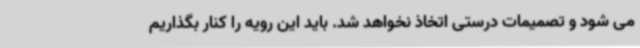
می شود و تصمیمات درستی اتخاذ نخواهد شد. باید این رویه را کنار بگذاریم